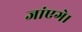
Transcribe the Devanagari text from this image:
जांएगे।